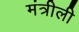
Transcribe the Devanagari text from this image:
मंत्रीली